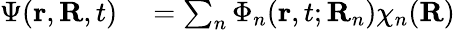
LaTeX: \begin{array}{rl}{\Psi(\mathbf r,\mathbf R,t)}&{{}=\sum_{n}\Phi_{n}(\mathbf r,t;\mathbf R_{n})\chi_{n}(\mathbf R)}\end{array}